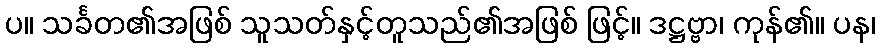
ပ။ သင်္ခတ၏အဖြစ် သူသတ်နှင့်တူသည်၏အဖြစ် ဖြင့်။ ဒဋ္ဌဗ္ဗာ၊ ကုန်၏။ ပန၊